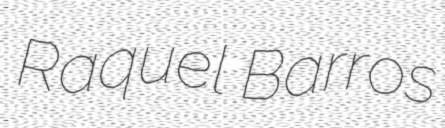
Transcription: Raquel Barros